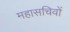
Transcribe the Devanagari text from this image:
महासचिवों